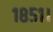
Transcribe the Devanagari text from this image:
१८५१।